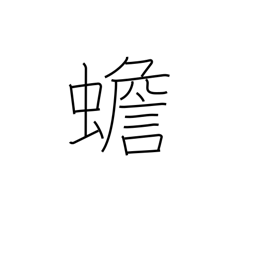
Meaning: toad